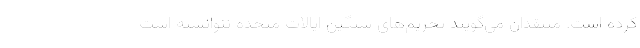
کرده است. منتقدان می‌گویند تحریم‌های سنگین ایالات متحده نتوانسته است